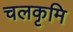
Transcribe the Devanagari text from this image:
चलकृमि